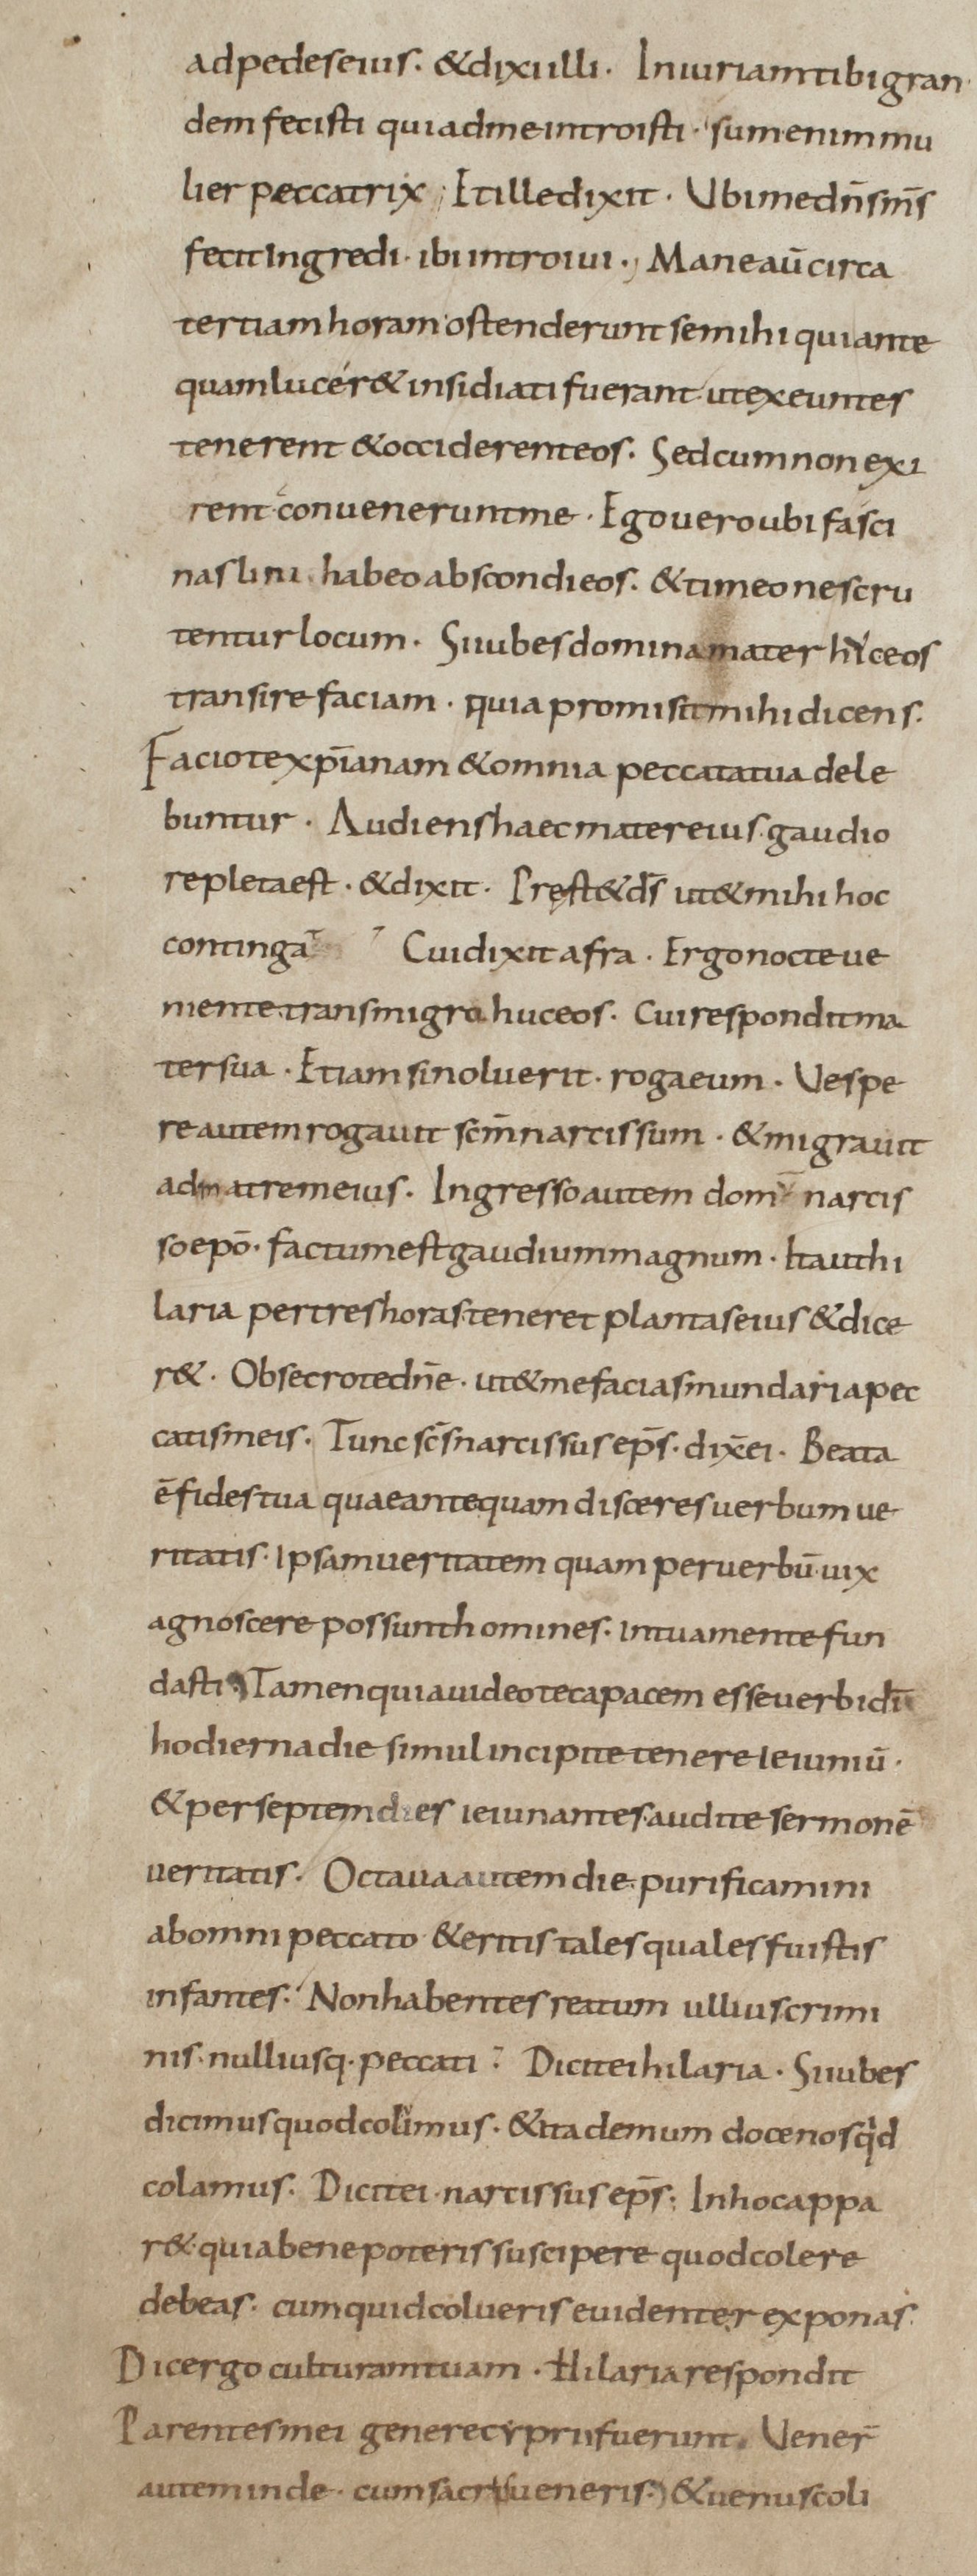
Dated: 800–899